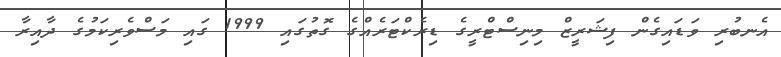
އެނބުރި ވަޑައިގެން ފިޝަރީޒް މިނިސްޓްރީގެ ޑިރެކްޓަރެއްގެ ގޮތުގައި 1999 ގައި މަސްވެރިކަމުގެ ދާއިރާ